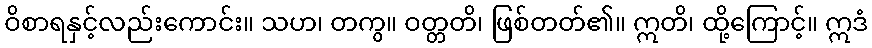
ဝိစာရနှင့်လည်းကောင်း။ သဟ၊ တကွ။ ဝတ္တတိ၊ ဖြစ်တတ်၏။ ဣတိ၊ ထို့ကြောင့်။ ဣဒံ